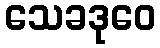
သေခဒုဝေ